Civil Veterinary Department. United Provinces 1912-22 - 1912-1922
Year: 1912
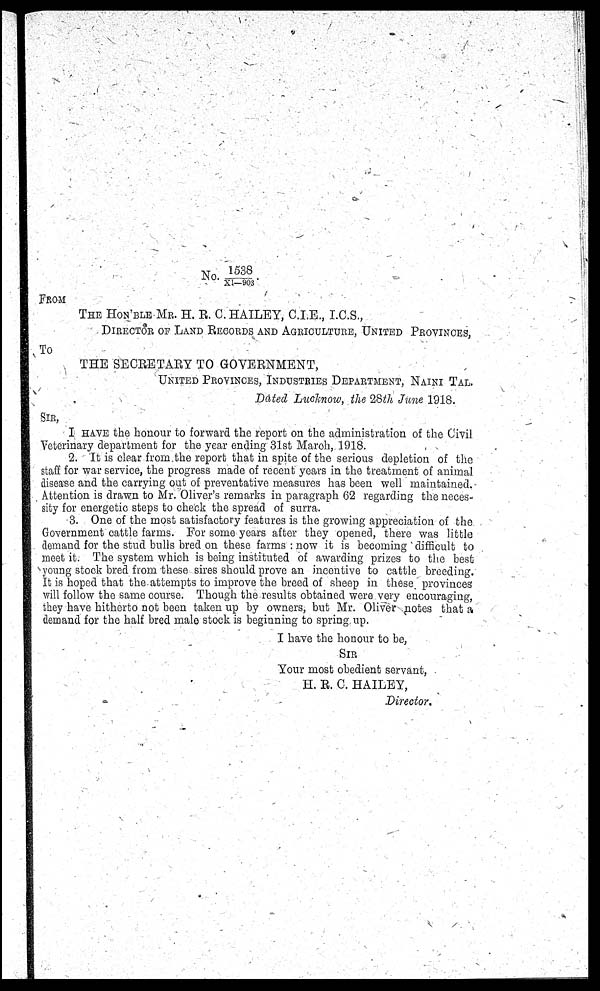
No. 1538/ XI—903
From
The Hon'ble Mr. H. R. C. HAILEY, C.I.E., I.C.S.,
Director of Land Records and Agriculture, United Provinces,
To
THE SECRETARY TO GOVERNMENT,
United Provinces, Industries Department, Naini Tal.
Dated Lucknow, the 28th June 1918.
Sir,
I have the honour to forward the report on the administration of the Civil
Veterinary department for the year ending 31st March, 1918.
2. It is clear from the report that in spite of the serious depletion of the
staff for war service, the progress made of recent years in the treatment of animal
disease and the carrying out of preventative measures has been well maintained.
Attention is drawn to Mr. Oliver's remarks in paragraph 62 regarding the neces-
sity for energetic steps to check the spread of surra.
3. One of the most satisfactory features is the growing appreciation of the
Government cattle farms. For some years after they opened, there was little
demand for the stud bulls bred on these farms: now it is becoming difficult to
meet it. The system which is being instituted of awarding prizes to the best
young stock bred from these sires should prove an incentive to cattle breeding.
It is hoped that the attempts to improve the breed of sheep in these provinces
will follow the same course. Though the results obtained were very encouraging,
they have hitherto not been taken up by owners, but Mr. Oliver notes that a
demand for the half bred male stock is beginning to spring up.
I have the honour to be,
Sir
Your most obedient servant,
H. R. C. HAILEY,
Director.